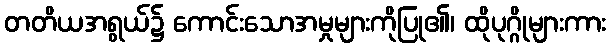
တတိယအရွယ်၌ ကောင်းသောအမှုများကိုပြု၏၊ ထိုပုဂ္ဂိုများကား